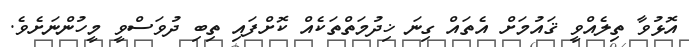
އޮޅުވާ ތިލެއްވީ ޤައުމަށް އެތައް ގިނަ ޚިދުމަތްތަކެއް ކޮށްފައި ތިބި ދުވަސްވީ މީހުންނަށެވެ.